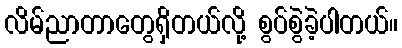
လိမ်ညာတာတွေရှိတယ်လို့ စွပ်စွဲခဲ့ပါတယ်။